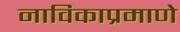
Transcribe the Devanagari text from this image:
नाविकाप्रमाणे